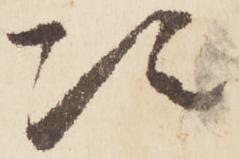
次